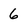
Character: 6